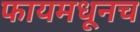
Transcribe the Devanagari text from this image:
फायमधूनच